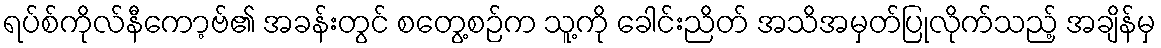
ရပ်စ်ကိုလ်နီကော့ဗ်၏ အခန်းတွင် စတွေ့စဉ်က သူ့ကို ခေါင်းညိတ် အသိအမှတ်ပြုလိုက်သည့် အချိန်မှ